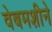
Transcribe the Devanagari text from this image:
वेबमशीने